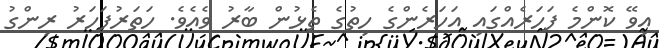
އިވޭ ކޮންމެ ފަހަރެއްގައި އަހަރެންގެ ހިތުގެ ތެޅުން ބާރު ވެއެވެ. ހަތަރުފަހަރު ރިންގު